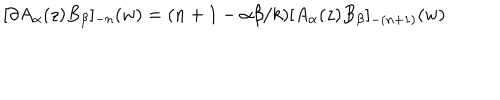
LaTeX: [ \partial A _ { \alpha } ( z ) B _ { \beta } ] _ { - n } ( w ) = ( n + 1 - \alpha \beta / k ) [ A _ { \alpha } ( z ) B _ { \beta } ] _ { - ( n + 1 ) } ( w )